Medical and sanitary report on the native army of Bombay for the year
Year: 1877
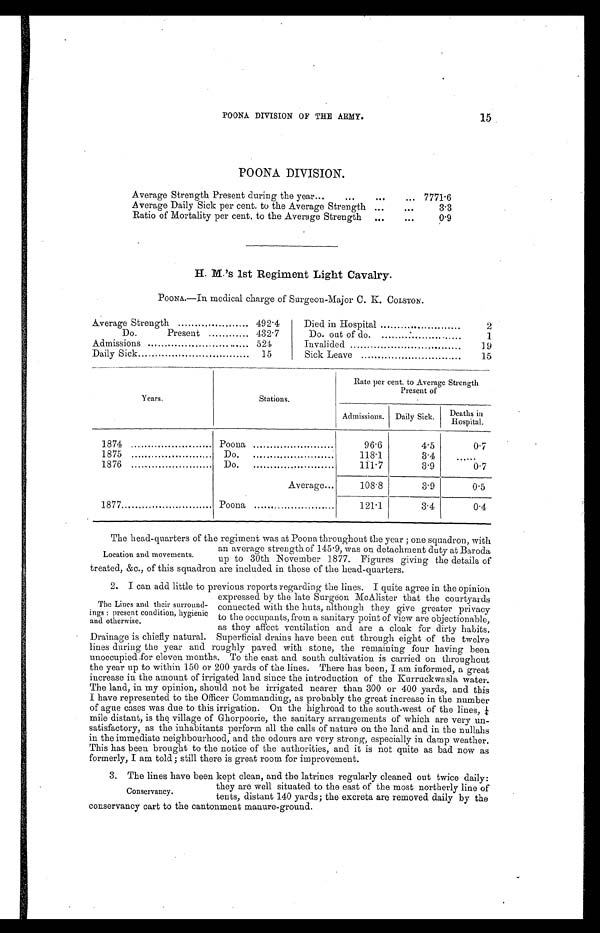
POONA DIVISION OF THE ARMY.
15
POONA DIVISION.
Average Strength Present during the year...
...
...
... 7771.6
Average Daily Sick per cent. to the Average Strength ...
. . .
3.3
Ratio of Mortality per cent. to the Average Strength
...
. . .
0.9
H. M.'s 1st Regiment Light Cavalry.
POONA.—In medical charge of Surgeon-Major C. K. COLSTON.
Average Strength
Do.
Present
492.4
432.7
Died in Hospital
Do. out of do.
2
1
Admissions
524
Invalided
19
Daily Sick
15
Sick Leave
15
Years.
Stations.
Rate per cent. to Average Strength
Present of
Admissions.
Daily Sick.
Deaths in
Hospital.
1874
Poona
96.6
4.5
0.7
1875
Do.
118.1
3.4
.....
1876
Do.
111.7
3.9
0.7
Average...
108.8
3.9
0.5
1877
Poona
121.1
3.4
0.4
The head-quarters of the regiment was at Poona throughout the year ; one squadron, with
an average strength of 145.9, was on detachment duty at Baroda
up to 30th November 1877. Figures giving the details of
treated, &c., of this squadron are included in those of the head-quarters.
2. I can add little to previous reports regarding the lines. I quite agree in the opinion
expressed by the late Surgeon McAlister that the courtyards
connected with the huts, although they give greater privacy
to the occupants, from a sanitary point of view are objectionable,
as they affect ventilation and are a cloak for dirty habits.
Drainage is chiefly natural. Superficial drains have been cut through eight of the twelve
lines during the year and roughly paved with stone, the remaining four having been
unoccupied for eleven months. To the east and south cultivation is carried on throughout
the year up to within 150 or 200 yards of the lines. There has been, I am informed, a great
increase in the amount of irrigated laud since the introduction of the Kurruckwasla water.
The land, in my opinion, should not be irrigated nearer than 300 or 400 yards, and this
I have represented to the Officer Commanding, as probably the great increase in the number
of ague cases was due to this irrigation. On the highroad to the south-west of the lines,
mile distant, is the village of Ghorpoorie, the sanitary arrangements of which are very un-
satisfactory, as the inhabitants perform all the calls of nature on the land and in the nullahs
in the immediate neighbourhood, and the odours are very strong, especially in damp weather.
This has been brought to the notice of the authorities, and it is not quite as bad now as
formerly I am told; . still there is great room for improvement.
3 . T h e l i n e s h a v e b e e n k e p t c l e a n , a n d t h e l a t r i n e s r e g u l a r l y c l e a n e d o u t t w i c e d a i l y :
they are well situated to the east of the most northerly line of
tents, distant 140 yards; the excreta are removed daily by the
conservancy cart to the cantonment manure-ground.
Location and movements.
The Lines and their surround-
ings : present condition, hygienic
and otherwise.
Conservancy.